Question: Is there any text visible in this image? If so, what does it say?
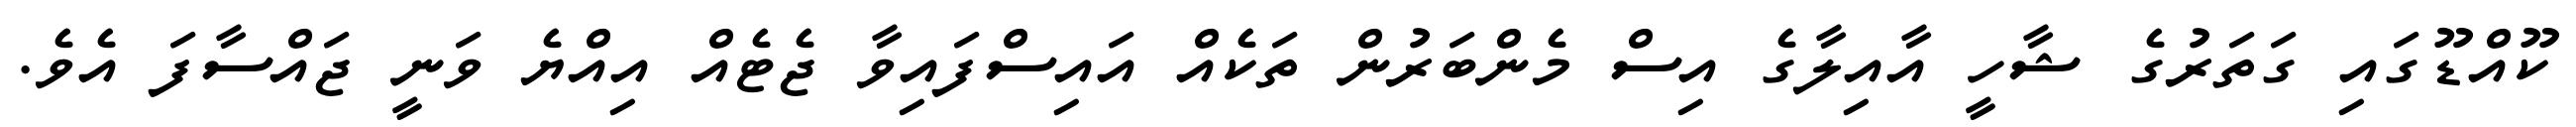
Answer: ކޫއްޑޫގައި ގަތަރުގެ ޝާހީ އާއިލާގެ އިސް މެންބަރުން ތަކެއް އައިސްފައިވާ ޖެޓެއް އިއްޔެ ވަނީ ޖައްސާފަ އެވެ.